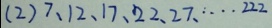
( 2 ) 7 、 1 2 、 1 7 、 2 2 、 2 7 \cdots 2 2 2